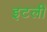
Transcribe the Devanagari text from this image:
इटली